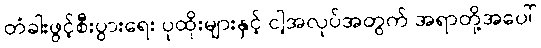
တံခါးဖွင့်စီးပွားရေး ပုထိုးများနှင့် ငါ့အလုပ်အတွက် အရာတို့အပေါ်